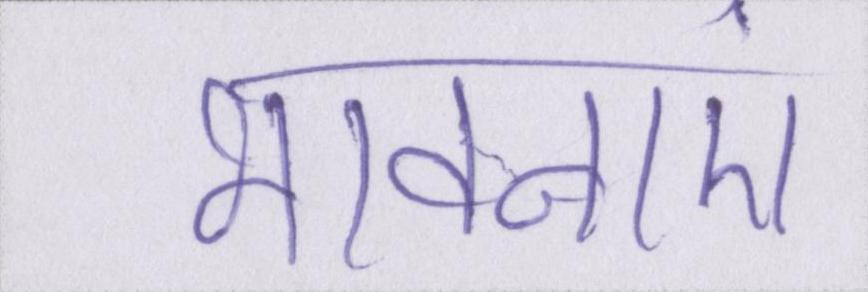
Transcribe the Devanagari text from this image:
भावनाएं